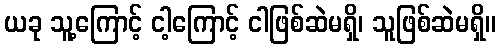
ယခု သူ့ကြောင့် ငါ့ကြောင့် ငါဖြစ်ဆဲမရှိ၊ သူဖြစ်ဆဲမရှိ။